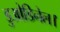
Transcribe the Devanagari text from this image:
डुओडिनेल।